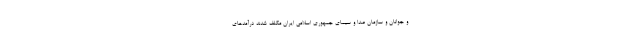
و جوانان و سازمان صدا و سیمای جمهوری اسلامی ایران مکلف شدند درآمدهای